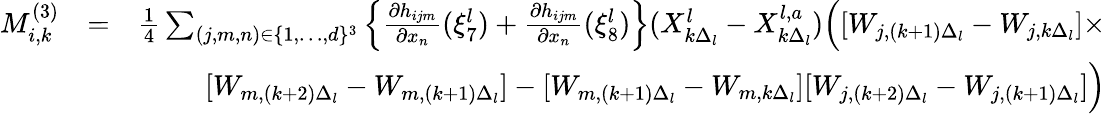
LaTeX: \begin{array}{rlr}{M_{i,k}^{(3)}}&{=}&{\frac{1}{4}\sum_{(j,m,n)\in\{ 1,\dots,d\} ^{3}}\left\{ \frac{\partial h_{ijm}}{\partial x_{n}}(\xi_{7}^{l})+\frac{\partial h_{ijm}}{\partial x_{n}}(\xi_{8}^{l})\right\} (X_{k\Delta_{l}}^{l}-X_{k\Delta_{l}}^{l,a})\Big([W_{j,(k+1)\Delta_{l}}-W_{j,k\Delta_{l}}]\times}\\ &{}&{[W_{m,(k+2)\Delta_{l}}-W_{m,(k+1)\Delta_{l}}]-[W_{m,(k+1)\Delta_{l}}-W_{m,k\Delta_{l}}][W_{j,(k+2)\Delta_{l}}-W_{j,(k+1)\Delta_{l}}]\Big)}\end{array}